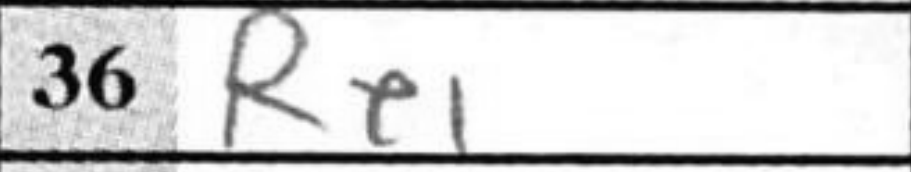
Transcription: Re1